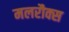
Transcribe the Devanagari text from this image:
मलरौक्स